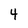
Character: 4